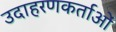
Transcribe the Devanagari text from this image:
उदाहरणकर्ताओं